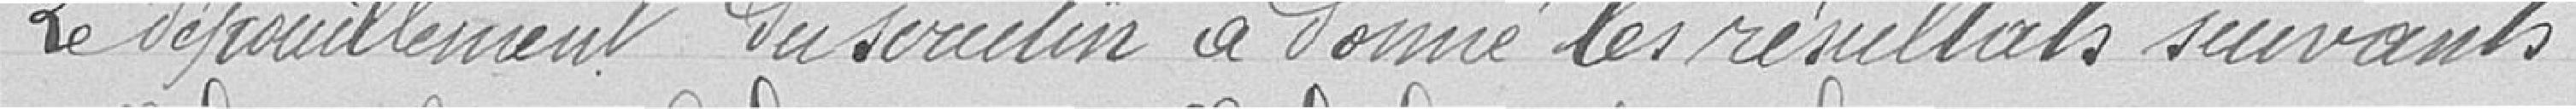
Le dépouillement du scrutin a donné les résultats suivants :